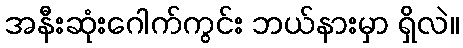
အနီးဆုံးဂေါက်ကွင်း ဘယ်နားမှာ ရှိလဲ။